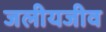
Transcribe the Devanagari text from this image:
जलीयजीव